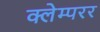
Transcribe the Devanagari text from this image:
क्लेम्परर